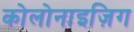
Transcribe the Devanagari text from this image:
कोलोनाइज़िग